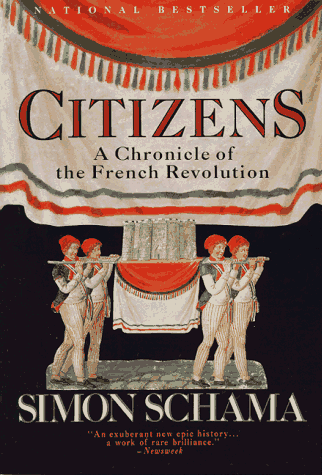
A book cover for Citizens: A Chronicle of the French Revolution; Simon Schama; History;